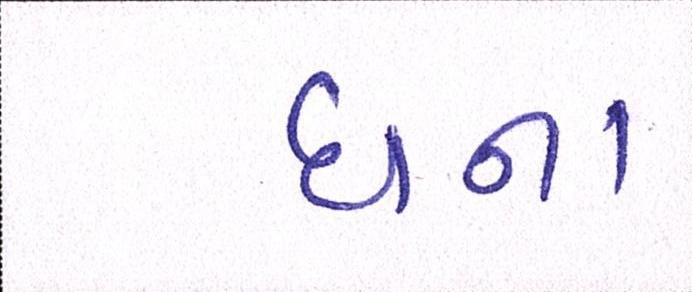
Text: ઘના